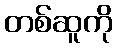
တစ်ဆူကို